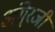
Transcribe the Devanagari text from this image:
अंगे्रजी